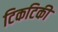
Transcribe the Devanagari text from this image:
टिकटिकी